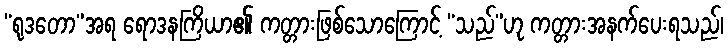
“ရုဒတော”အရ ရောဒနကြိယာ၏ ကတ္တားဖြစ်သောကြောင့် “သည်”ဟု ကတ္တားအနက်ပေးရသည်၊